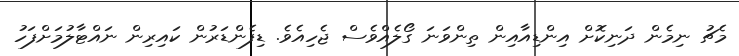
މެޗު ނިމެން ދަނިކޮށް އިންޑިއާއިން ތިންވަނަ ގޯލެއްވެސް ޖެހިއެވެ. ޑިފެންޑަރުން ކައިރިން ނައްޓާލުމަށްފަހު